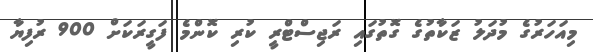
މިއަހަރުގެ މުދަލު ޒަކާތުގެ ގޮތުގައި ރަޖިސްޓްރީ ކުރި ކޮންމެ ފަގީރަކަށް 900 ރުފިޔާ